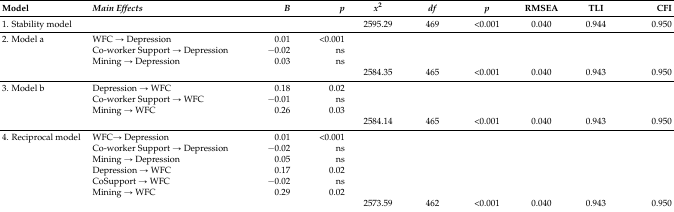
<table><thead><tr><td><b>Model</b></td><td><b><i>Main Effects</i></b></td><td><b><i>B</i></b></td><td><b><i>p</i></b></td><td><b><i>x</i><sup>2</sup></b></td><td><b><i>df</i></b></td><td><b><i>p</i></b></td><td><b>RMSEA</b></td><td><b>TLI</b></td><td><b>CFI</b></td></tr></thead><tbody><tr><td>1. Stability model</td><td></td><td></td><td></td><td>2595.29</td><td>469</td><td>&lt;0.001</td><td>0.040</td><td>0.944</td><td>0.950</td></tr><tr><td>2. Model a</td><td>WFC → Depression</td><td>0.01</td><td>&lt;0.001</td><td></td><td></td><td></td><td></td><td></td><td></td></tr><tr><td></td><td>Co-worker Support → Depression</td><td>−0.02</td><td>ns</td><td></td><td></td><td></td><td></td><td></td><td></td></tr><tr><td></td><td>Mining → Depression</td><td>0.03</td><td>ns</td><td></td><td></td><td></td><td></td><td></td><td></td></tr><tr><td></td><td></td><td></td><td></td><td>2584.35</td><td>465</td><td>&lt;0.001</td><td>0.040</td><td>0.943</td><td>0.950</td></tr><tr><td>3. Model b</td><td>Depression → WFC</td><td>0.18</td><td>0.02</td><td></td><td></td><td></td><td></td><td></td><td></td></tr><tr><td></td><td>Co-worker Support → WFC</td><td>−0.01</td><td>ns</td><td></td><td></td><td></td><td></td><td></td><td></td></tr><tr><td></td><td>Mining → WFC</td><td>0.26</td><td>0.03</td><td></td><td></td><td></td><td></td><td></td><td></td></tr><tr><td></td><td></td><td></td><td></td><td>2584.14</td><td>465</td><td>&lt;0.001</td><td>0.040</td><td>0.943</td><td>0.950</td></tr><tr><td>4. Reciprocal model</td><td>WFC→ Depression</td><td>0.01</td><td>&lt;0.001</td><td></td><td></td><td></td><td></td><td></td><td></td></tr><tr><td></td><td>Co-worker Support → Depression</td><td>−0.02</td><td>ns</td><td></td><td></td><td></td><td></td><td></td><td></td></tr><tr><td></td><td>Mining → Depression</td><td>0.05</td><td>ns</td><td></td><td></td><td></td><td></td><td></td><td></td></tr><tr><td></td><td>Depression → WFC</td><td>0.17</td><td>0.02</td><td></td><td></td><td></td><td></td><td></td><td></td></tr><tr><td></td><td>CoSupport → WFC</td><td>−0.02</td><td>ns</td><td></td><td></td><td></td><td></td><td></td><td></td></tr><tr><td></td><td>Mining → WFC</td><td>0.29</td><td>0.02</td><td></td><td></td><td></td><td></td><td></td><td></td></tr><tr><td></td><td></td><td></td><td></td><td>2573.59</td><td>462</td><td>&lt;0.001</td><td>0.040</td><td>0.943</td><td>0.950</td></tr></tbody></table>